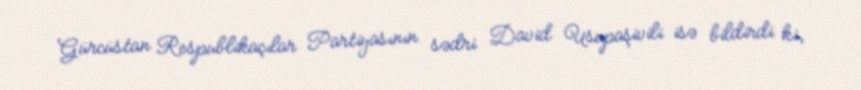
Gürcüstan Respublikaçılar Partiyasının sədri David Usupaşivili isə bildirdi ki,